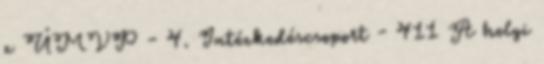
z ÚMVP - 4. Intézkedéscsoport - 411 A helyi